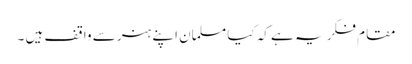
مقام فکر یہ ہے کہ کیا مسلمان اپنے ہنر سے واقف ہیں ۔